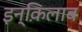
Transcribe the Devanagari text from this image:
इन्क़िलाब